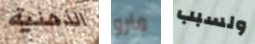
الذهنية مارو ولسبب